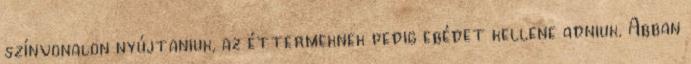
színvonalon nyújtaniuk, az éttermeknek pedig ebédet kellene adniuk. Abban